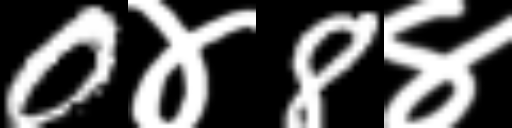
Text: 0४8४